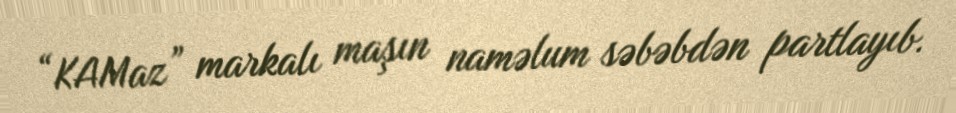
“KAMaz” markalı maşın naməlum səbəbdən partlayıb.